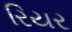
રિયર